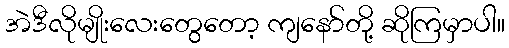
အဲဒီလိုမျိုးလေးတွေတော့ ကျနော်တို့ ဆိုကြမှာပါ။